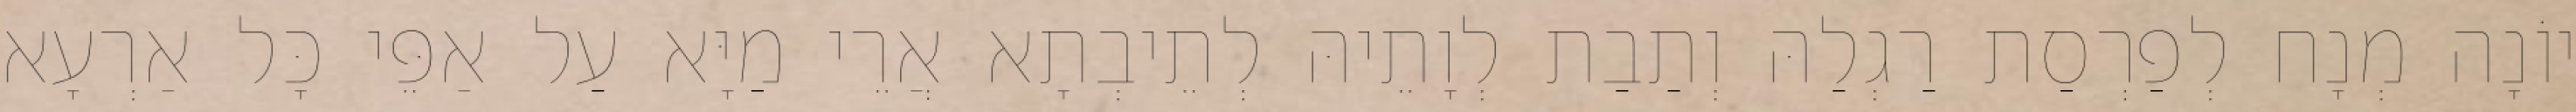
יוֹנָה מְנָח לְפַרְסַת רַגְלַהּ וְתַבַת לְוָתֵיהּ לְתֵיבְתָא אֲרֵי מַיָּא עַל אַפֵּי כָּל אַרְעָא